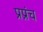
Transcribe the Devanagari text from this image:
प्रप्रंच